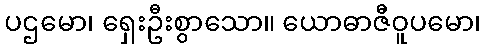
ပဌမော၊ ရှေးဦးစွာသော။ ယောဓာဇီဝူပမော၊